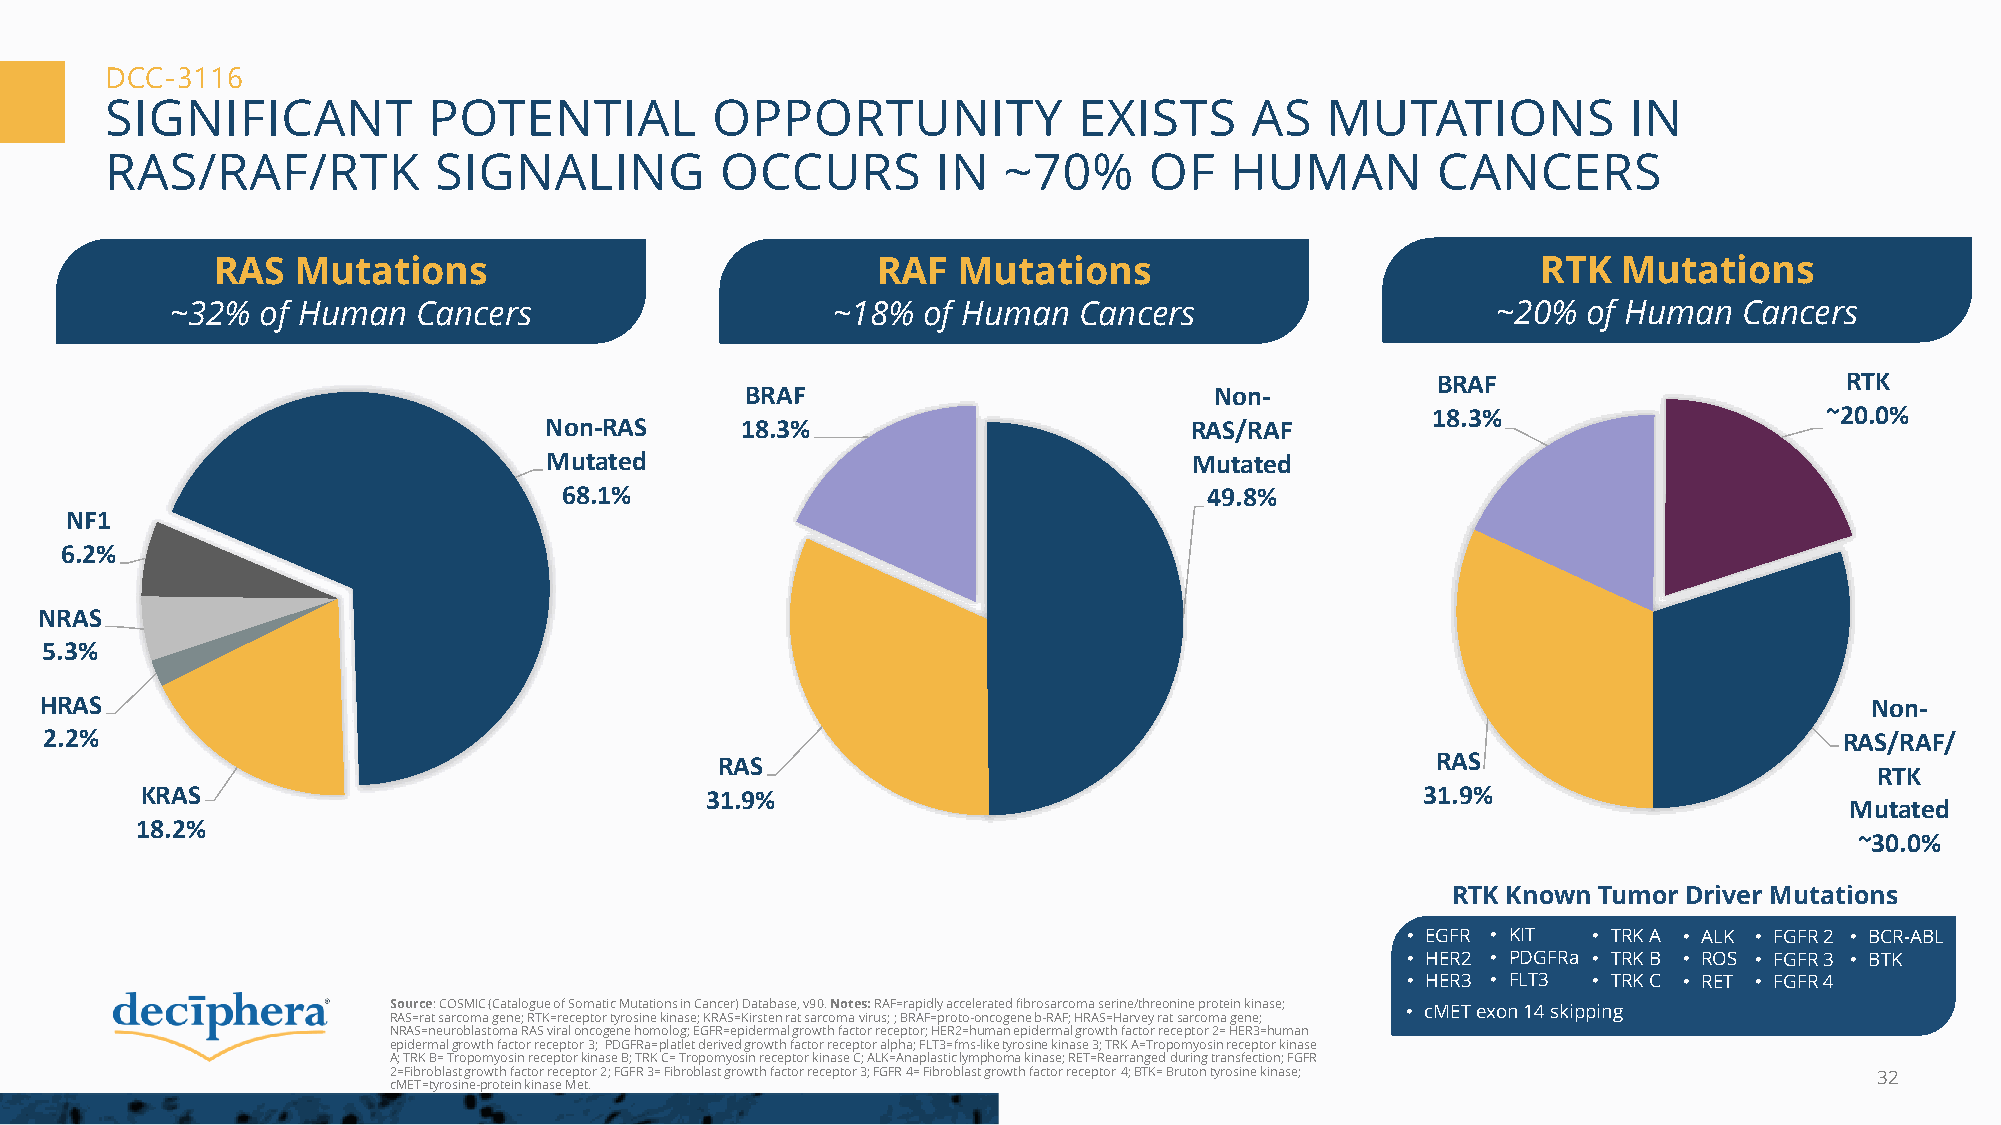
DCC-3116
 SIGNIFICANT          POTENTIAL          OPPORTUNITY             EXISTS      AS   MUTATIONS           IN
 RAS/RAF/RTK           SIGNALING          OCCURS        IN  ~70%      OF   HUMAN         CANCERS
 RAS  Mutations                              RAF  Mutations                              RTK  Mutations
 ~32%  of Human   Cancers                    ~18%  of Human  Cancers                     ~20%  of Human  Cancers
 BRAF                       RTK
 BRAF                           Non-
 18.3%                     ~20.0%
 Non-RAS      18.3%                         RAS/RAF
 Mutated                                    Mutated
 68.1%                                      49.8%
 NF1
 6.2%
 NRAS
 5.3%
 HRAS                                                                                                                     Non-
 2.2%                                                                                                                   RAS/RAF/
 RAS                                            RAS
 RTK
 KRAS                                  31.9%                                          31.9%
 Mutated
 18.2%
 ~30.0%
 RTK Known Tumor Driver Mutations
 • EGFR • KIT • TRK A • ALK • FGFR 2 • BCR-ABL
 • HER2 • PDGFRa • TRK B • ROS • FGFR 3 • BTK
 • HER3 • FLT3 • TRK C • RET • FGFR 4
 Source: COSMIC (Catalogue of Somatic Mutations in Cancer) Database, v90. Notes: RAF=rapidly accelerated fibrosarcoma serine/threonine protein kinase; • cMETexon 14 skipping
 RAS=rat sarcoma gene; RTK=receptor tyrosine kinase; KRAS=Kirsten rat sarcoma virus; ; BRAF=proto-oncogene b-RAF; HRAS=Harvey ratsarcoma gene;
 NRAS=neuroblastoma RAS viral oncogene homolog; EGFR=epidermal growth factor receptor; HER2=human epidermal growth factor receptor 2= HER3=human
 epidermal growth factor receptor 3; PDGFRa=platletderived growth factor receptor alpha; FLT3=fms-like tyrosine kinase 3; TRK A=Tropomyosin receptor kinase
 A; TRK B= Tropomyosin receptor kinase B; TRK C= Tropomyosin receptor kinase C; ALK=Anaplastic lymphoma kinase; RET=Rearrangedduring transfection; FGFR
 2=Fibroblast growth factor receptor 2; FGFR 3= Fibroblast growth factor receptor 3; FGFR 4= Fibroblast growth factor receptor4;BTK= Bruton tyrosine kinase; 32
 cMET=tyrosine-protein kinase Met.